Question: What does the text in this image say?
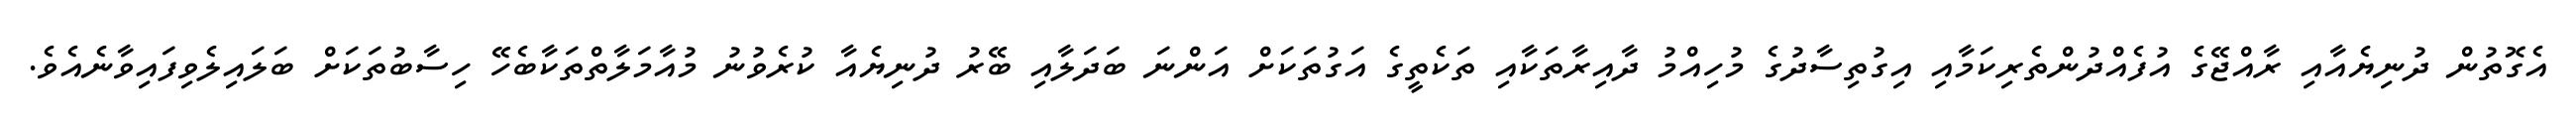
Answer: އެގޮތުން ދުނިޔެއާއި ރާއްޖޭގެ އުފެއްދުންތެރިކަމާއި އިގުތިސާދުގެ މުހިއްމު ދާއިރާތަކާއި ތަކެތީގެ އަގުތަކަށް އަންނަ ބަދަލާއި ބޭރު ދުނިޔެއާ ކުރެވުނު މުއާމަލާތްތަކާބެހޭ ހިސާބުތަކަށް ބަލައިލެވިފައިވާނެއެވެ.